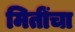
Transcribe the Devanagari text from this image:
मितींचा